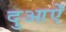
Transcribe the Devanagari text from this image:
दुआऐं